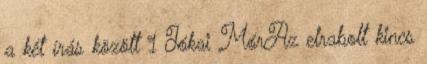
a két írás között 1 Jókai MórAz elrabolt kincs